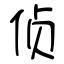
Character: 侦